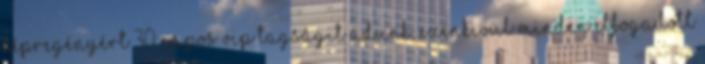
képregényért 30 napos VIP tagságit adunk, ezenkivül minden elfogadott